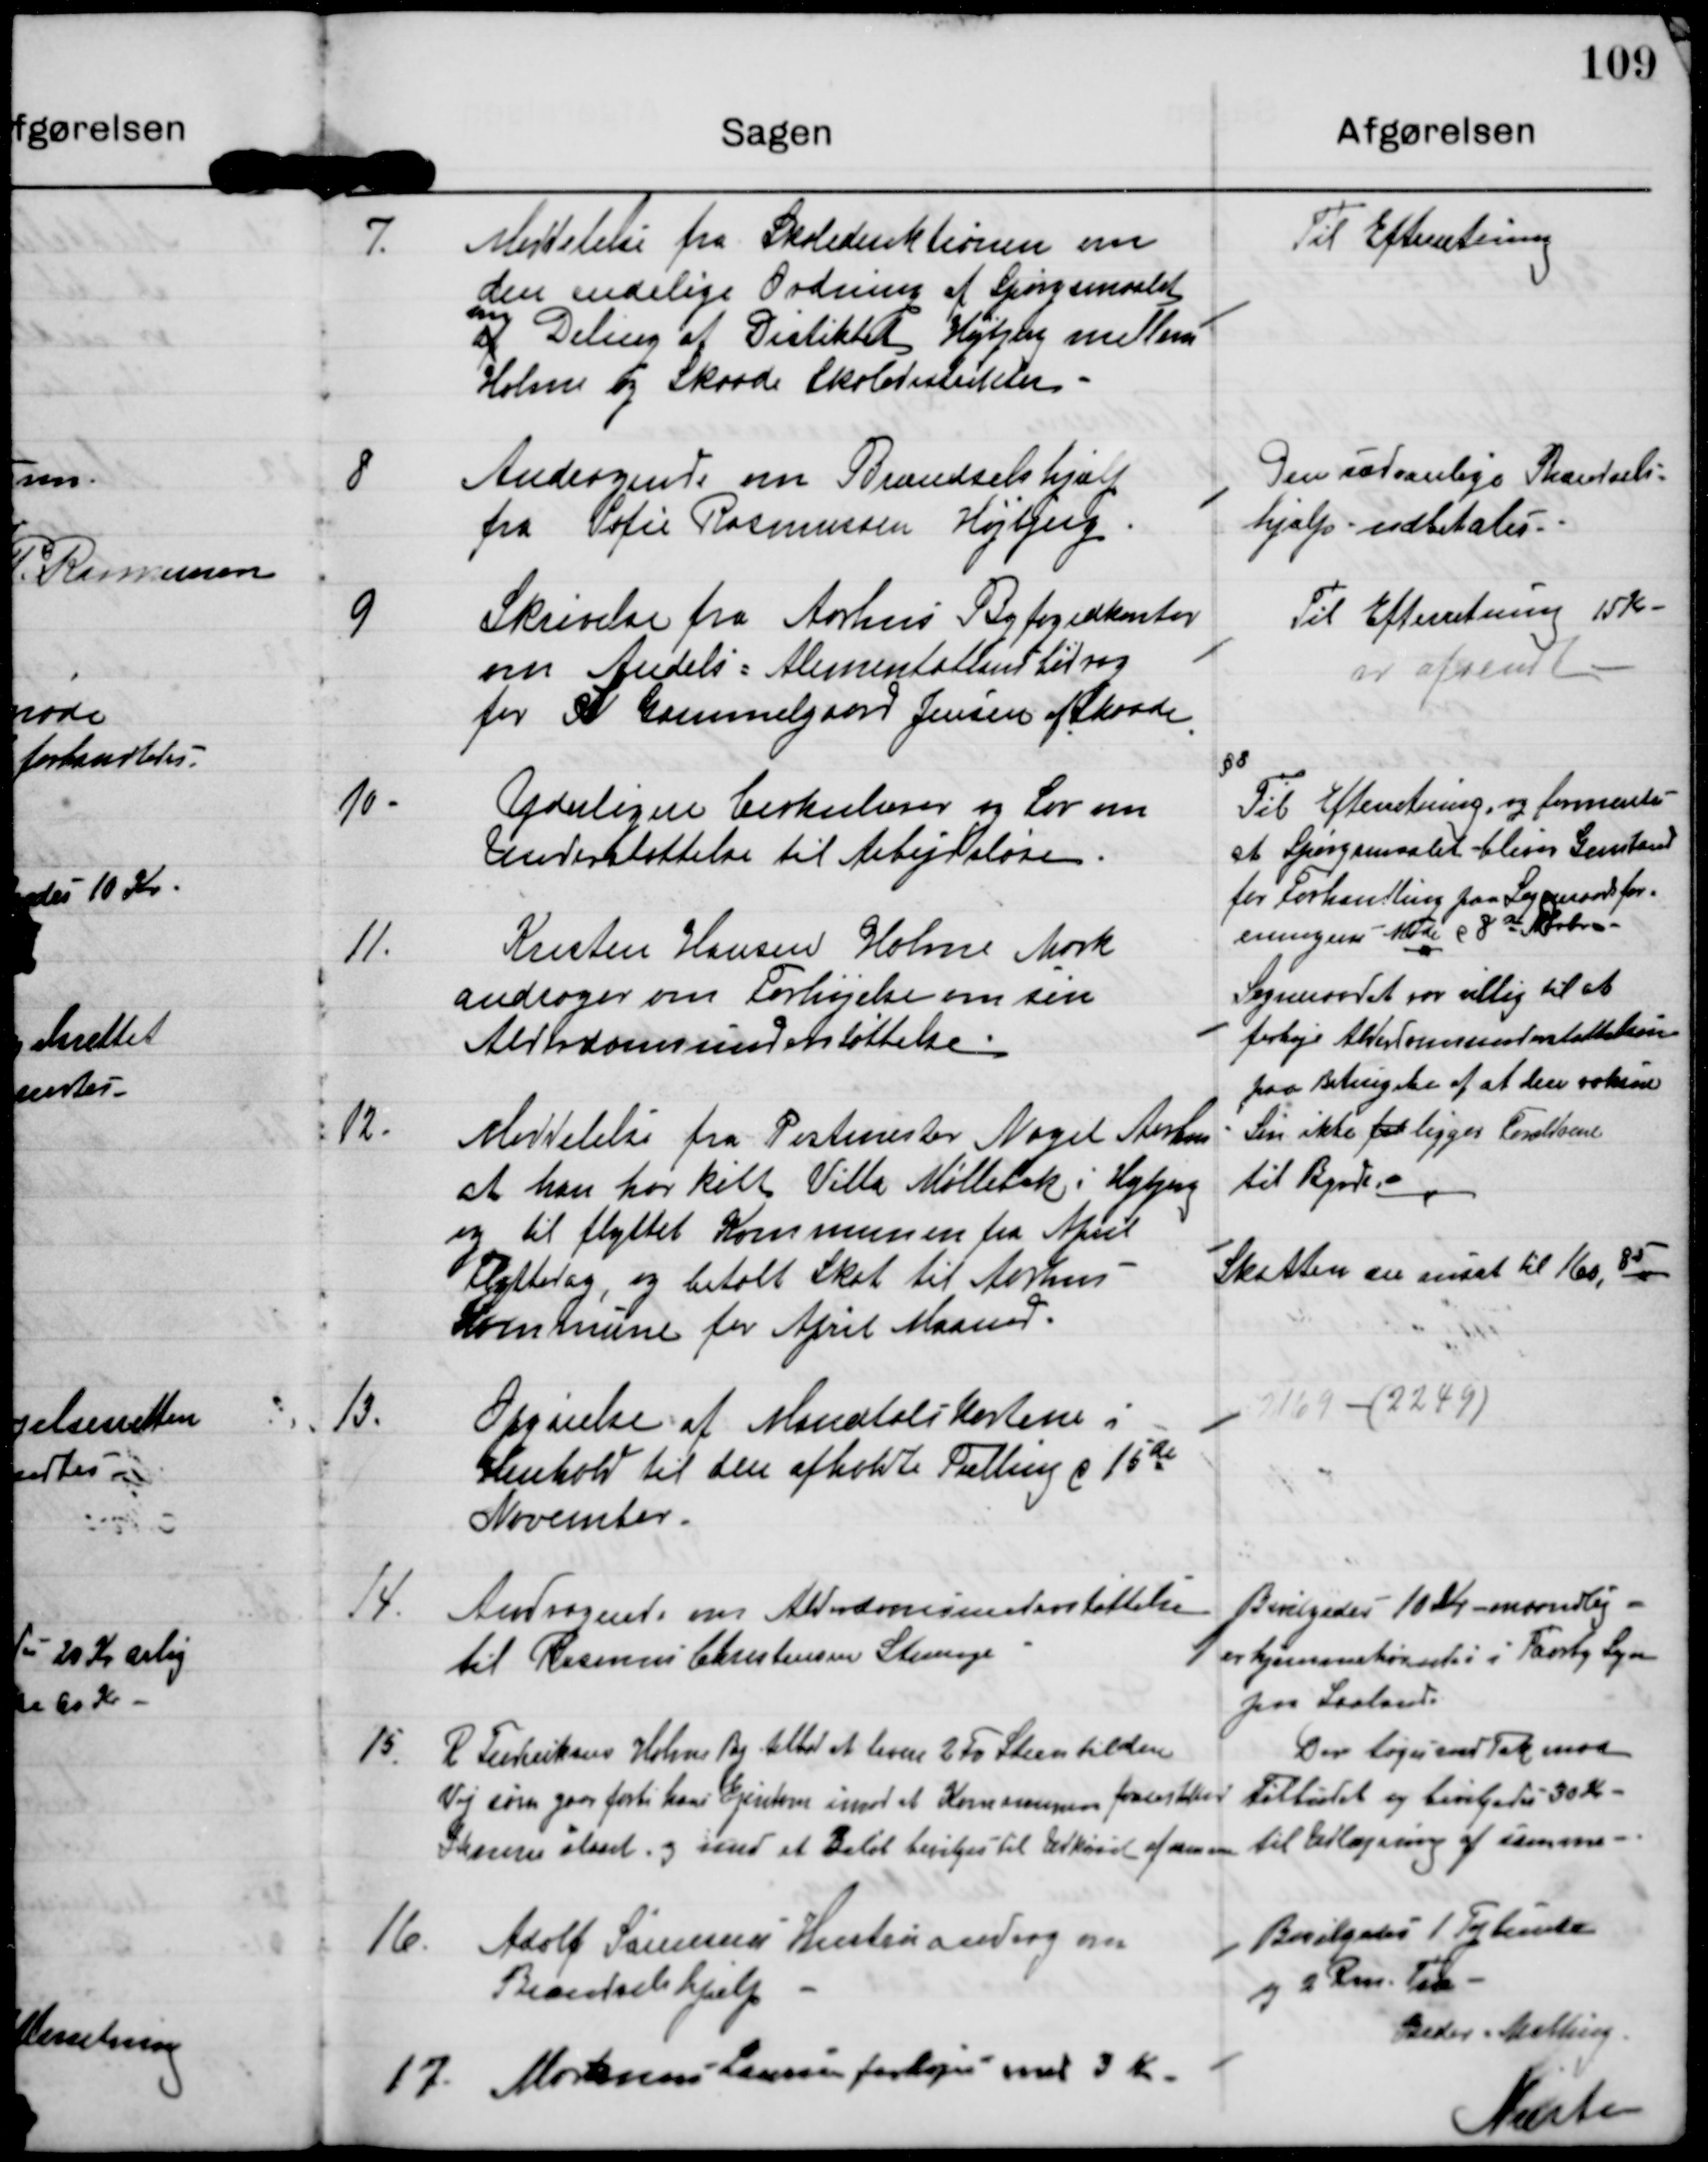
Transskription:
7.

Meddelelse fra Skoledirektionen om
den endelige ordning af Spørgsmaalet
om
a Deling af Distriktet Højbjerg mellem
Holme og Skaade Skoledistrikter.

Til Efterretning

8

Andragende om Brændselshjælp
fra Sofie Rasmussen Højbjerg

Den sædvanlige Brændsels-
hjælp udbetales.

9

Skrivelse fra Aarhus Byfogedkontor
om Andels-Alimentations bidrag
for W Gammelgaard Jensen af Skaade

Til Efterretning 15 Kr

10.

Yderligere Cirkulærer og Lov om
Understøttelse til Arbejdsløse.

Til Efterretning og formentes
at Spørgsmaalet bliver Genstand
for Forhandling paa Sogneraadsfor-
eningens Møde d 8de Novbr.

11.

Kristen Hansen Holme Mark
andrager om Forhøjelse om sin
Alderdomsunderstøttelse.

Sogneraadet var villig til at
forhøje Alderdomsunderstøttelsen
paa Betingelse af at deres voksne
Søn ikke for ligger Forældrene
til Byrde.

12.

Meddelelse fra Postmester Nagel Aarhus
at han har købt Villa Møllebak i Højbjerg
og til flyttet Kommunen fra April.
Flyttedag og betalt Skat til Aarhus
Kommune for April Maaned.

Skatten er ansat til 160,85.

13.

Opgørelse af Mandtals Kortene i
Henhold til den afholdte Tælling d 15de
November.

14

Andragende om Alderdomsunderstøttelse
til Rasmus Christensen Strunge.

Bevilgedes 10 kr maanedlig
er hjemmehørende i Toreby Sogn
paa Lolland

15.

R Frederiksen Holme By tilbød at levere 2 Fv Steen til den
Vej som gaar forbi hans Ejendom imod at Kommunen forestaar
Skærver islåeet og med et Beløb bevilges til Udkørsel af samme

Der tages med Tak mod
Tilbudet og bevilgedes 30 kr
til Udlægning af samme.

16.

Adolf Sørensens Hustru androg om
Brændselshjælp.

Bevilgedes 1 Tyknude
og 2 Rm Træ
Beder-Malling

17

Mortensens Pension forhøjes med 3 Kr

Næste